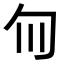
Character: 𫧁